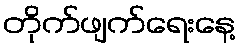
တိုက်ဖျက်ရေးနေ့